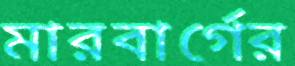
মারবার্গের